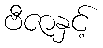
ဗီဇာနှင့်